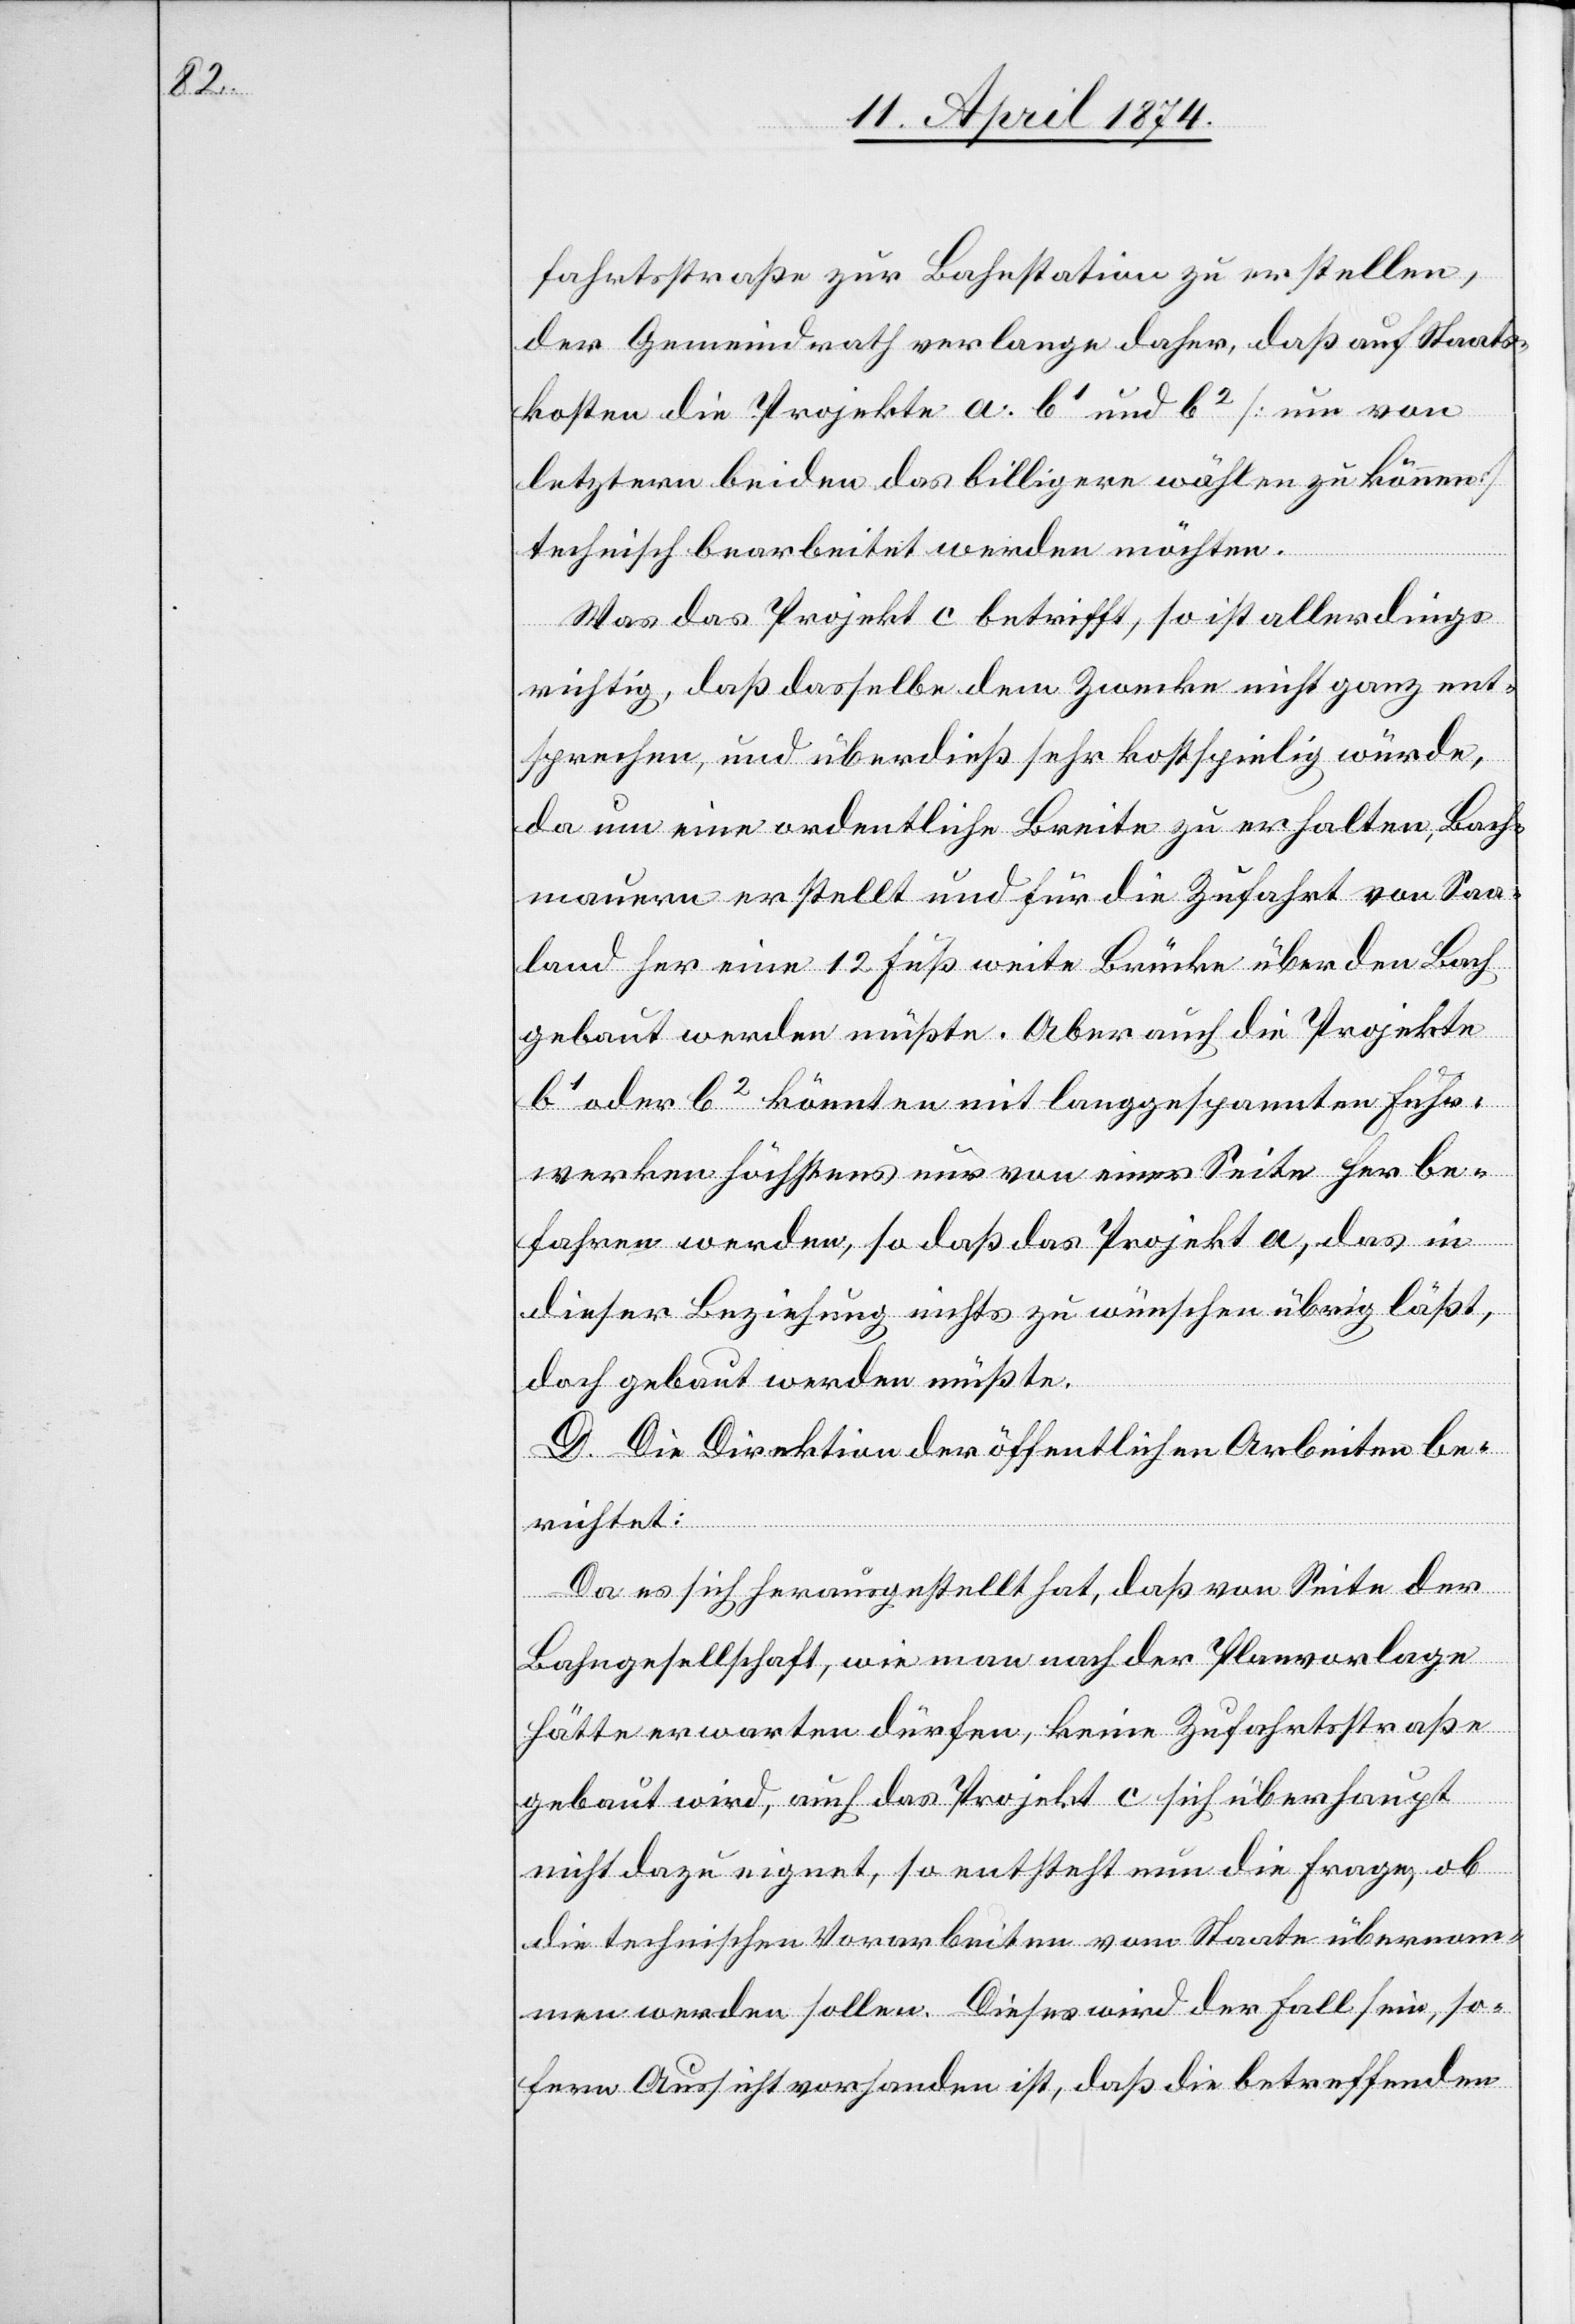
fahrtsstraße zur Bahnstation zu erstellen,
der Gemeindrath verlange daher, daß auf Staats¬
kosten die Projekte a. b1 und b2 [nur von
letztern beiden das billigere wählen zu können]
technisch bearbeitet werden möchten.
Was das Projekt c betrifft, so ist allerdings
richtig, daß dasselbe dem Zwecke nicht ganz ent¬
sprechen, und überdieß sehr kostspielig würde,
da um eine ordentliche Breite zu erhalten, Bach¬
mauern erstellt und für die Zufahrt von Saa¬
land her eine 12 Fuß weite Brücke über den Bach
gebaut werden müßte. Aber auch die Projekte
b1 oder b2 könnten mit langgespannten Fuhr¬
werken höchstens nur von einer Seite her be¬
fahren werden, so daß das Projekt a, das in
dieser Beziehung nichts zu wünschen übrig läßt,
doch gebaut werden müßte.
D. Die Direktion der öffentlichen Arbeiten be¬
richtet:
Da es sich herausgestellt hat, daß von Seite der
Bahngesellschaft, wie man nach der Planvorlage
hätte erwarten dürfen, keine Zufahrtsstraße
gebaut wird, auch das Projekt c sich überhaupt
nicht dazu eignet, so entsteht nun die Frage, ob
die technischen Vorarbeiten vom Staate übernom¬
men werden sollen. Dieses wird der Fall sein, so¬
fern Aussicht vorhanden ist, daß die betreffenden